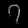
Digit: ၇